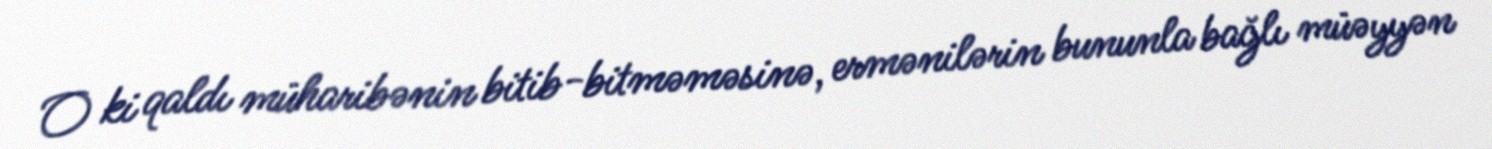
O ki qaldı müharibənin bitib-bitməməsinə, ermənilərin bununla bağlı müəyyən